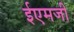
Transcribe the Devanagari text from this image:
ईएमजी